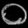
Digit: ၀